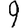
Digit: 9